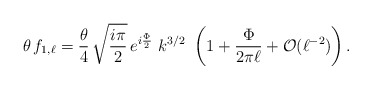
\begin{align*}\theta\, f_{1,\ell}= \frac{\theta}{4}\, \sqrt{\frac{i \pi}{2}} \,e^{ i \frac{\Phi}{2}} \,\, k^{3/2} \,\, \left( 1 + \frac{\Phi}{2 \pi \ell} + {\cal O}(\ell^{-2})\right). \end{align*}